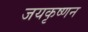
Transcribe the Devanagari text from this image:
जयकृष्णन